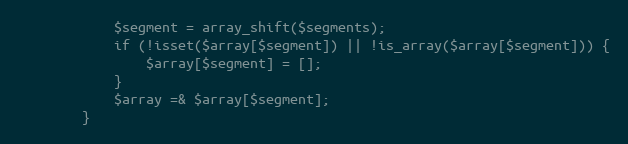
Language: PHP
            $segment = array_shift($segments);
            if (!isset($array[$segment]) || !is_array($array[$segment])) {
                $array[$segment] = [];
            }
            $array =& $array[$segment];
        }